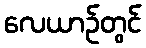
လေယာဉ်တွင်